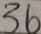
3 6